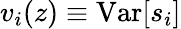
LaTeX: v_{i}(z)\equiv\textrm{Var}[s_{i}]